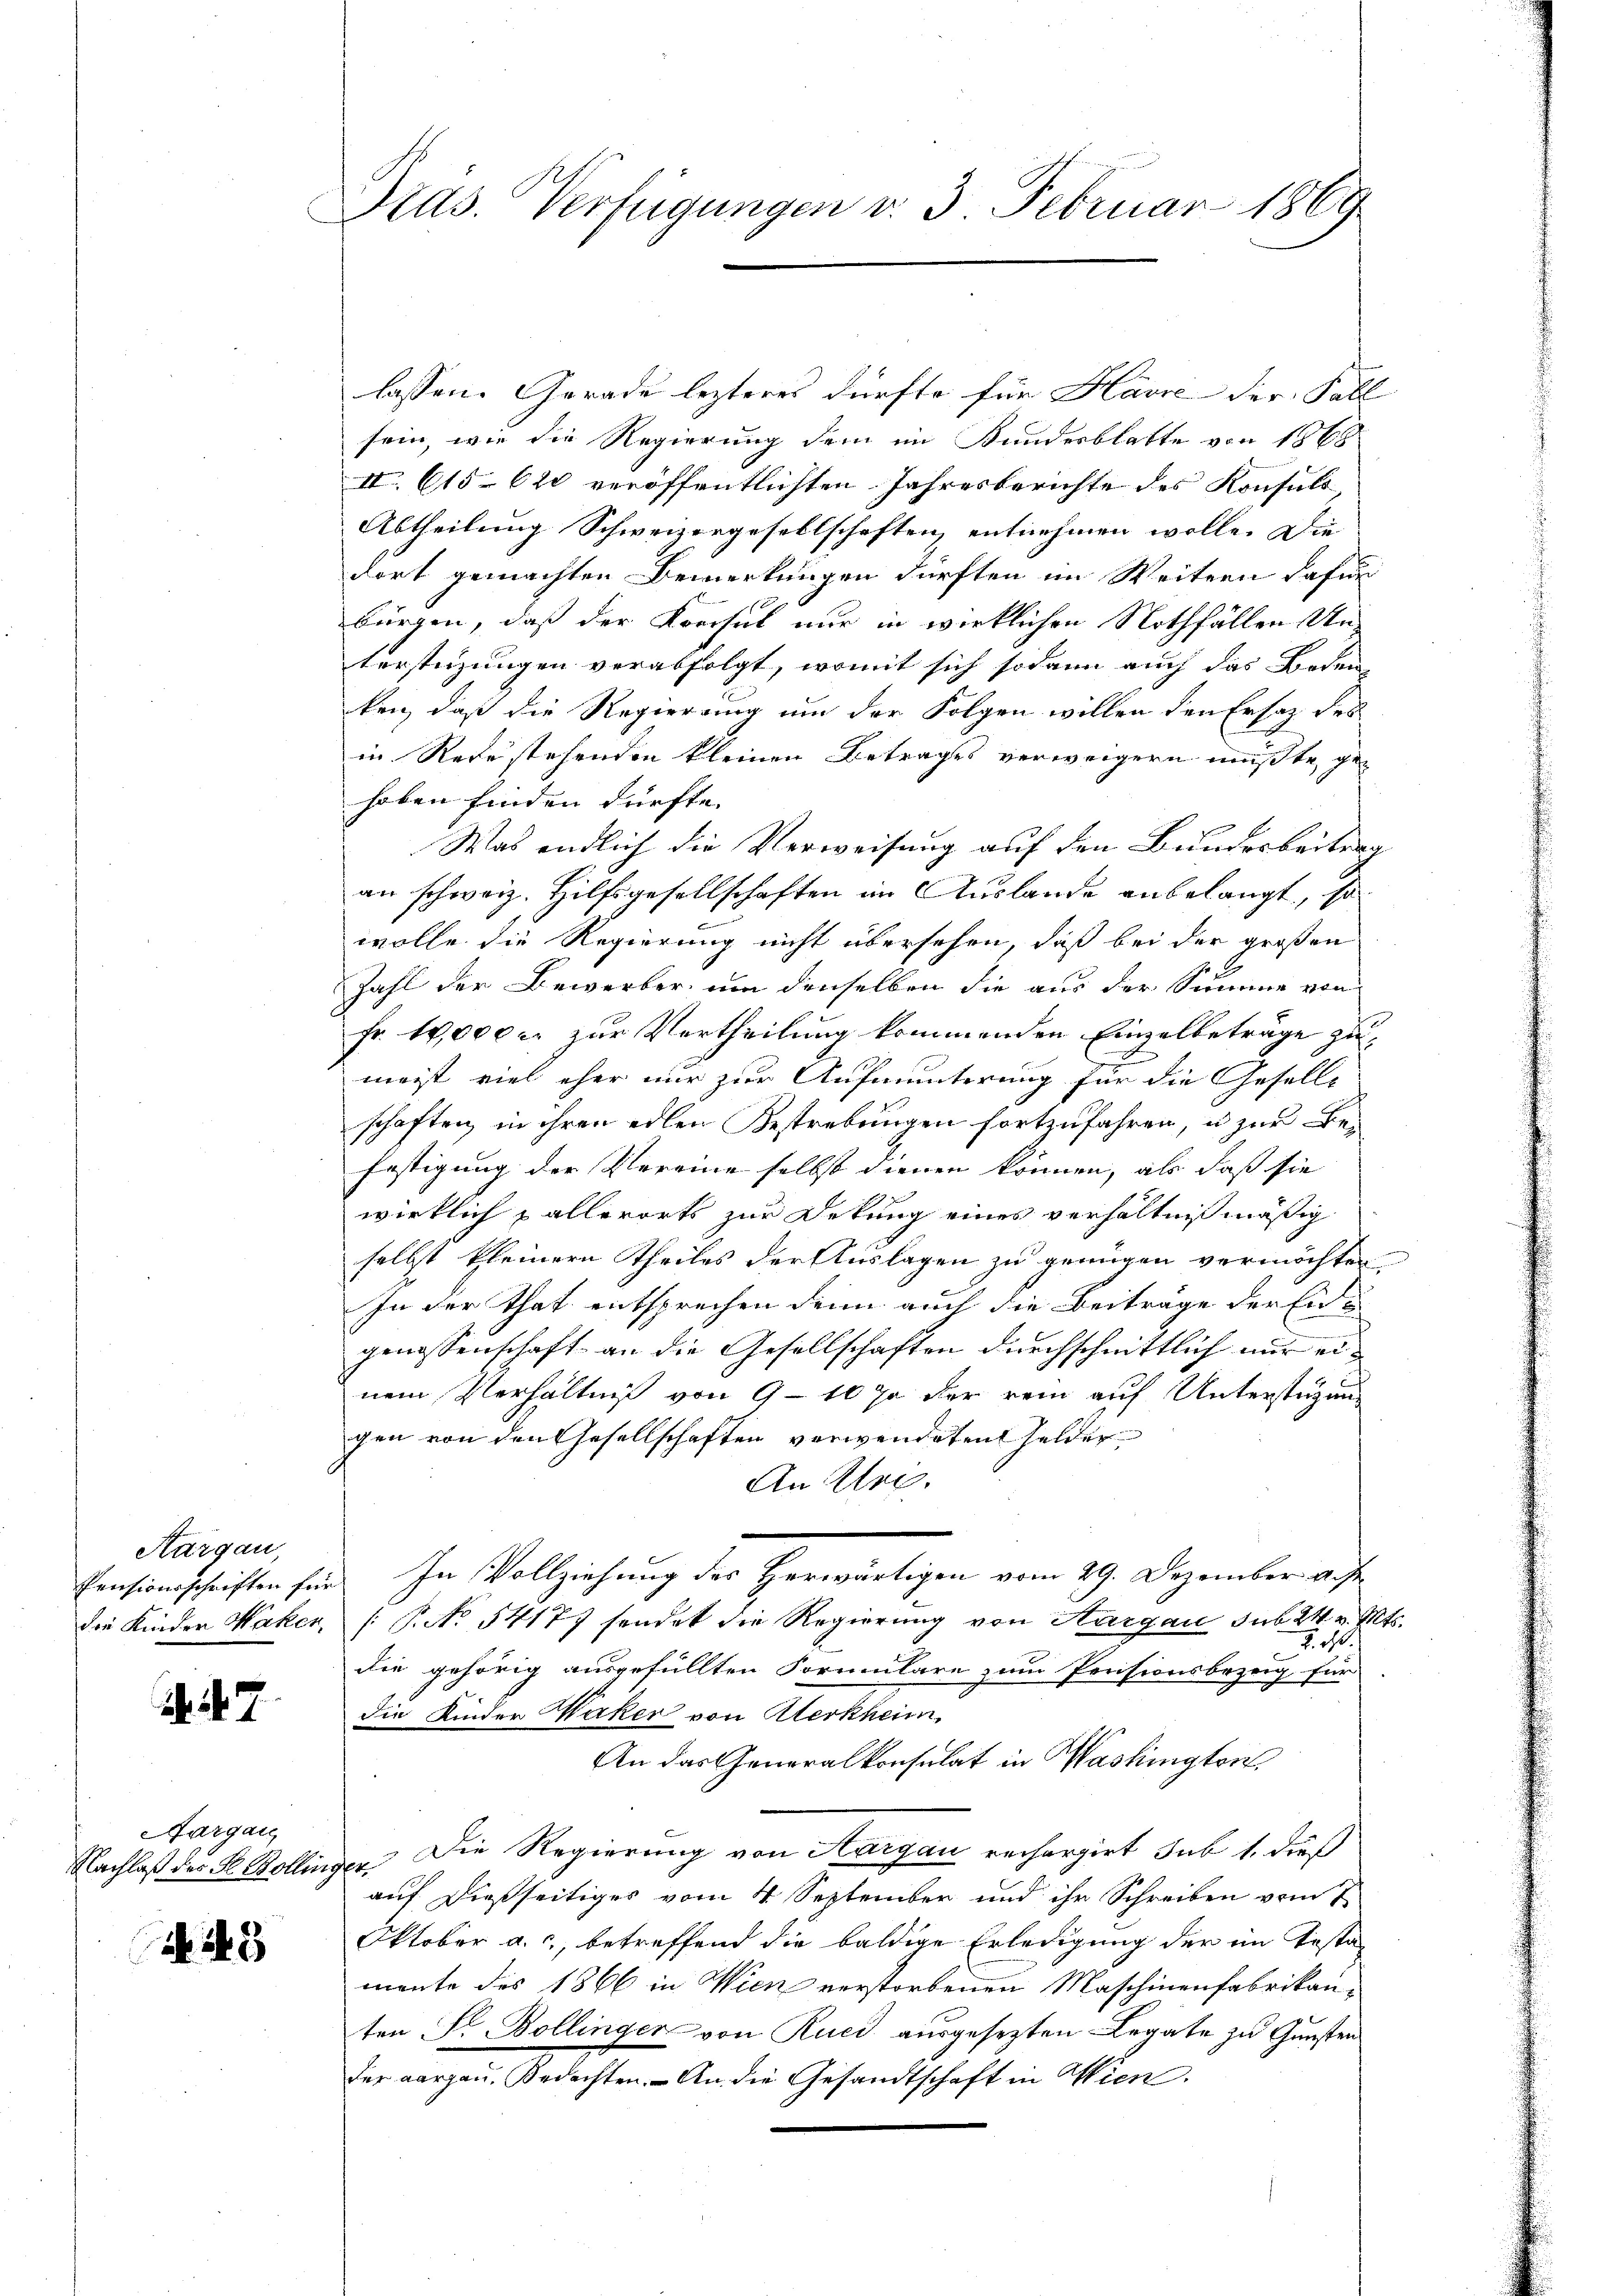
Aargau,

47

Aargau

243

Dras. Verfügungen v. 3. Februar 1869

lassen. Gerade lezteres dürfte für Hävić der Fall
sein, wie die Regierung dem im Bundesblatte von 1868
II 615. 620 veröffentlichten Jahresberichte des Konsuls
Abtheilung Schweizergesellschaften entnehmen wolle. Die
dort gemachten Bemerkungen dürften im Weitern dafür
bürgen, daß der Korpsul nur in wirklichen Nothfällen Unterstüzungen verabfolgt, womit sich sodann auch das Boden-
ken, daß die Regierung um der Folgen willen den Ersatz des
in Rede stehenden kleinen Betrages verweigern müßte, gen
haben finden dürfte. |
Was endlich die Verweisung auf den Bundesbeitrag
an schweiz. Hilfsgesellschaften im Auslande anbelangt, so
wolle die Regierung nicht übersehen, daß bei der großen
Zahl der Bewerber, um denselben die aus der Summe von
Fr. 10,000 er zur Vertheilung kommenden Einzelbeträge zu
x
megt viel eher nur zur Aufmunterung für die Geselle
schaften, in ihren edlen Bestrebungen fortzufahren, u zur Befestigung der Vereine selbst dienen können, als daß sie
wirklich pallerorts zur Dekung eines verhältnißmäßig
selbst kleinern Theiles der Auslagen zu genügen vermöchten.
In der That entsprechen denn auch die Beiträge der Engenossenschaft an die Gesellschaften durchschnittlich nur einem Verhältniß von 9-10 so der rein auf Unterstüzung
gen von den Gesellschaften verwendeten Gelder
An Uri.
Pensionsschriften für In Vollziehung des Herwärtigen vom 29. Dezember auf
die Kinder Waker, (: P. No. 54177 sendet die Regierung von Aargau sub. 24. v. Mts.
J. M.
die gehörig ausgefüllten Formulare zum Pensionsbezeig für
die Kinder Waken von Kerkheim
An das Generalkonsulat in Washingten,
Nachlaß des H. Bollinger. Die Regierung von Aargau rechargirt sub 1. dieß
auf dießseitiges vom 4. September und ihr Schreiben vom 7
Oktober a. c., betreffend die baldige Erledigung der im Testa-
mente des 1866 in Wien verstorbenen Maschinenfabrikanten Fr. Bollinger von Rued ausgesezten Legate zu Gunsten
der aargau. Bedachten. - An die Gesandtschaft in Wien.